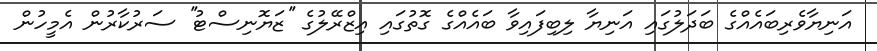
އަނިޔާވެރިބައެއްގެ ބަދަލުގައި އަނިޔާ ލިބިފައިވާ ބައެއްގެ ގޮތުގައި އިޒްރޭލުގެ ''ޒަޔޮނިސްޓު'' ސަރުކާރުން އެމީހުން